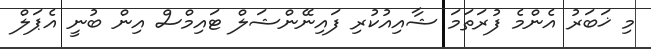
މި ޚަބަރު އެންމެ ފުރަތަމަ ޝާއިއުކުރި ފައިނޭންޝަލް ޓައިމްސް އިން ބުނީ އެޕަލް